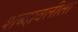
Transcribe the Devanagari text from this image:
शब्दावलीला